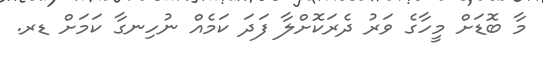
މާ ބޮޑަށް މީހާގެ ވަރު ދެރަކޮށްލާ ފަދަ ކަމެއް ނުހިނގާ ކަމަށް ޑރ.